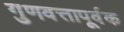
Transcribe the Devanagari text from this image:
गुणवत्तापूर्वक